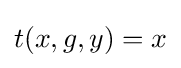
t(x,g,y)=x